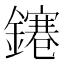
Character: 𨭙